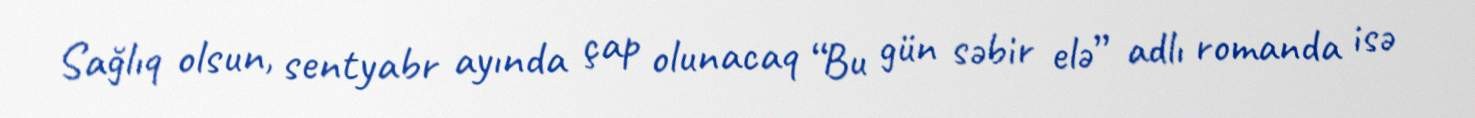
Sağlıq olsun, sentyabr ayında çap olunacaq “Bu gün səbir elə” adlı romanda isə